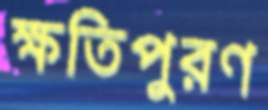
ক্ষতিপুরণ